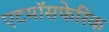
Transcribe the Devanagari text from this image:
एटमॉसफेरिक